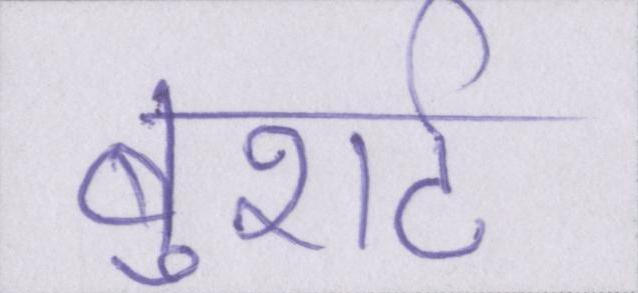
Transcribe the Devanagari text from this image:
बुशर्ट